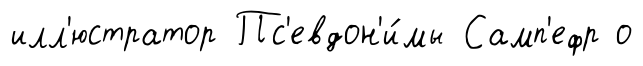
илл'юстратор Пс'евдон'и́мы Самп'ефр о